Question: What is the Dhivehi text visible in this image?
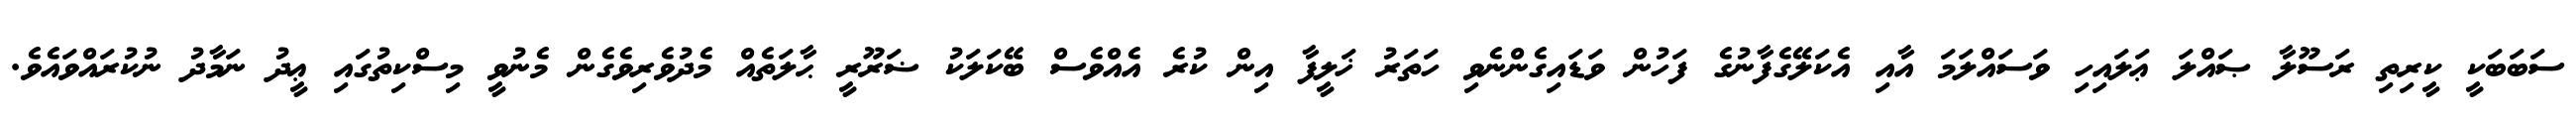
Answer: ސަބަބަކީ ކީރިތި ރަސޫލާ ޞައްލަ ޢަލައިހި ވަސައްލަމަ އާއި އެކަލޭގެފާނުގެ ފަހުން ވަޑައިގެންނެވި ހަތަރު ޚަލީފާ އިން ކުރެ އެއްވެސް ބޭކަލަކު ޟަރޫރީ ޙާލަތެއް މެދުވެރިވެގެން މެނުވީ މިސްކިތުގައި ޢީދު ނަމާދު ނުކުރައްވައެވެ.